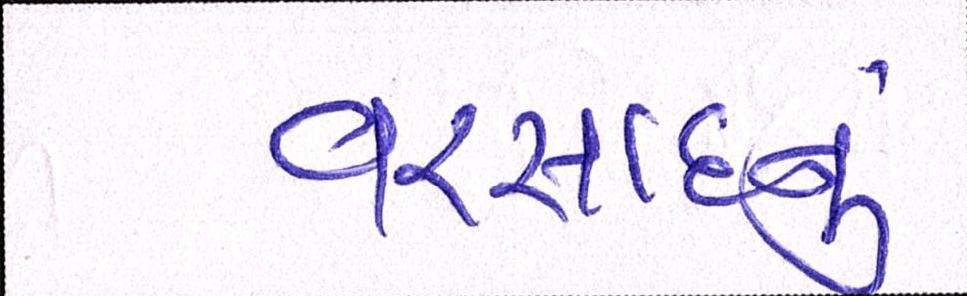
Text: વરસાદનું